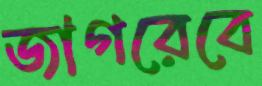
জাগরেবে